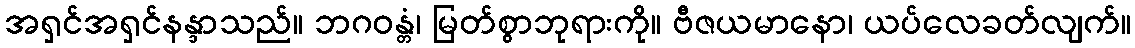
အရှင်အရှင်နန္ဒာသည်။ ဘဂဝန္တံ၊ မြတ်စွာဘုရားကို။ ဗီဇယမာနော၊ ယပ်လေခတ်လျက်။